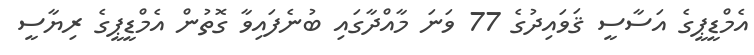
އެމްޑީޕީގެ އަސާސީ ޤަވައިދުގެ 77 ވަަނަ މާއްދާގައި ބުނެފައިވާ ގޮތުން އެމްޑީޕީގެ ރިޔާސީ